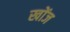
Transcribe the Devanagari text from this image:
खोंज